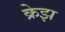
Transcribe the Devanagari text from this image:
क्रेझ